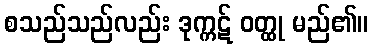
စသည်သည်လည်း ဒုက္ကဋ် ဝတ္ထု မည်၏။